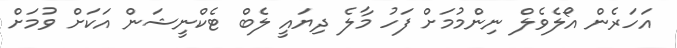
އަހަރެން އޯލެވެލް ނިންމުމަށް ފަހު މާލެ ދިޔައީ ލެބް ޓެކްނީޝަން އަކަށް ވުމަށް